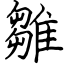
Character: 雛